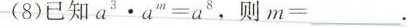
(8)已知$$a ^ { 3 } \cdot a ^ { m } = a ^ { 8 }$$ ，则$$m = ___$$.